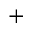
^ +